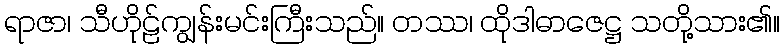
ရာဇာ၊ သီဟိုဠ်ကျွန်းမင်းကြီးသည်။ တဿ၊ ထိုဒါဓာဇေဋ္ဌ သတို့သား၏။